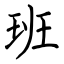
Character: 班